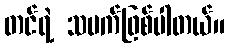
တင်ရဲ့ သမက်ဖြစ်ပါတယ်။